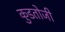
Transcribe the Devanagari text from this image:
कुडतोजी